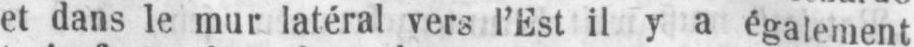
et dans le mur latéral vers l’Est il y a également